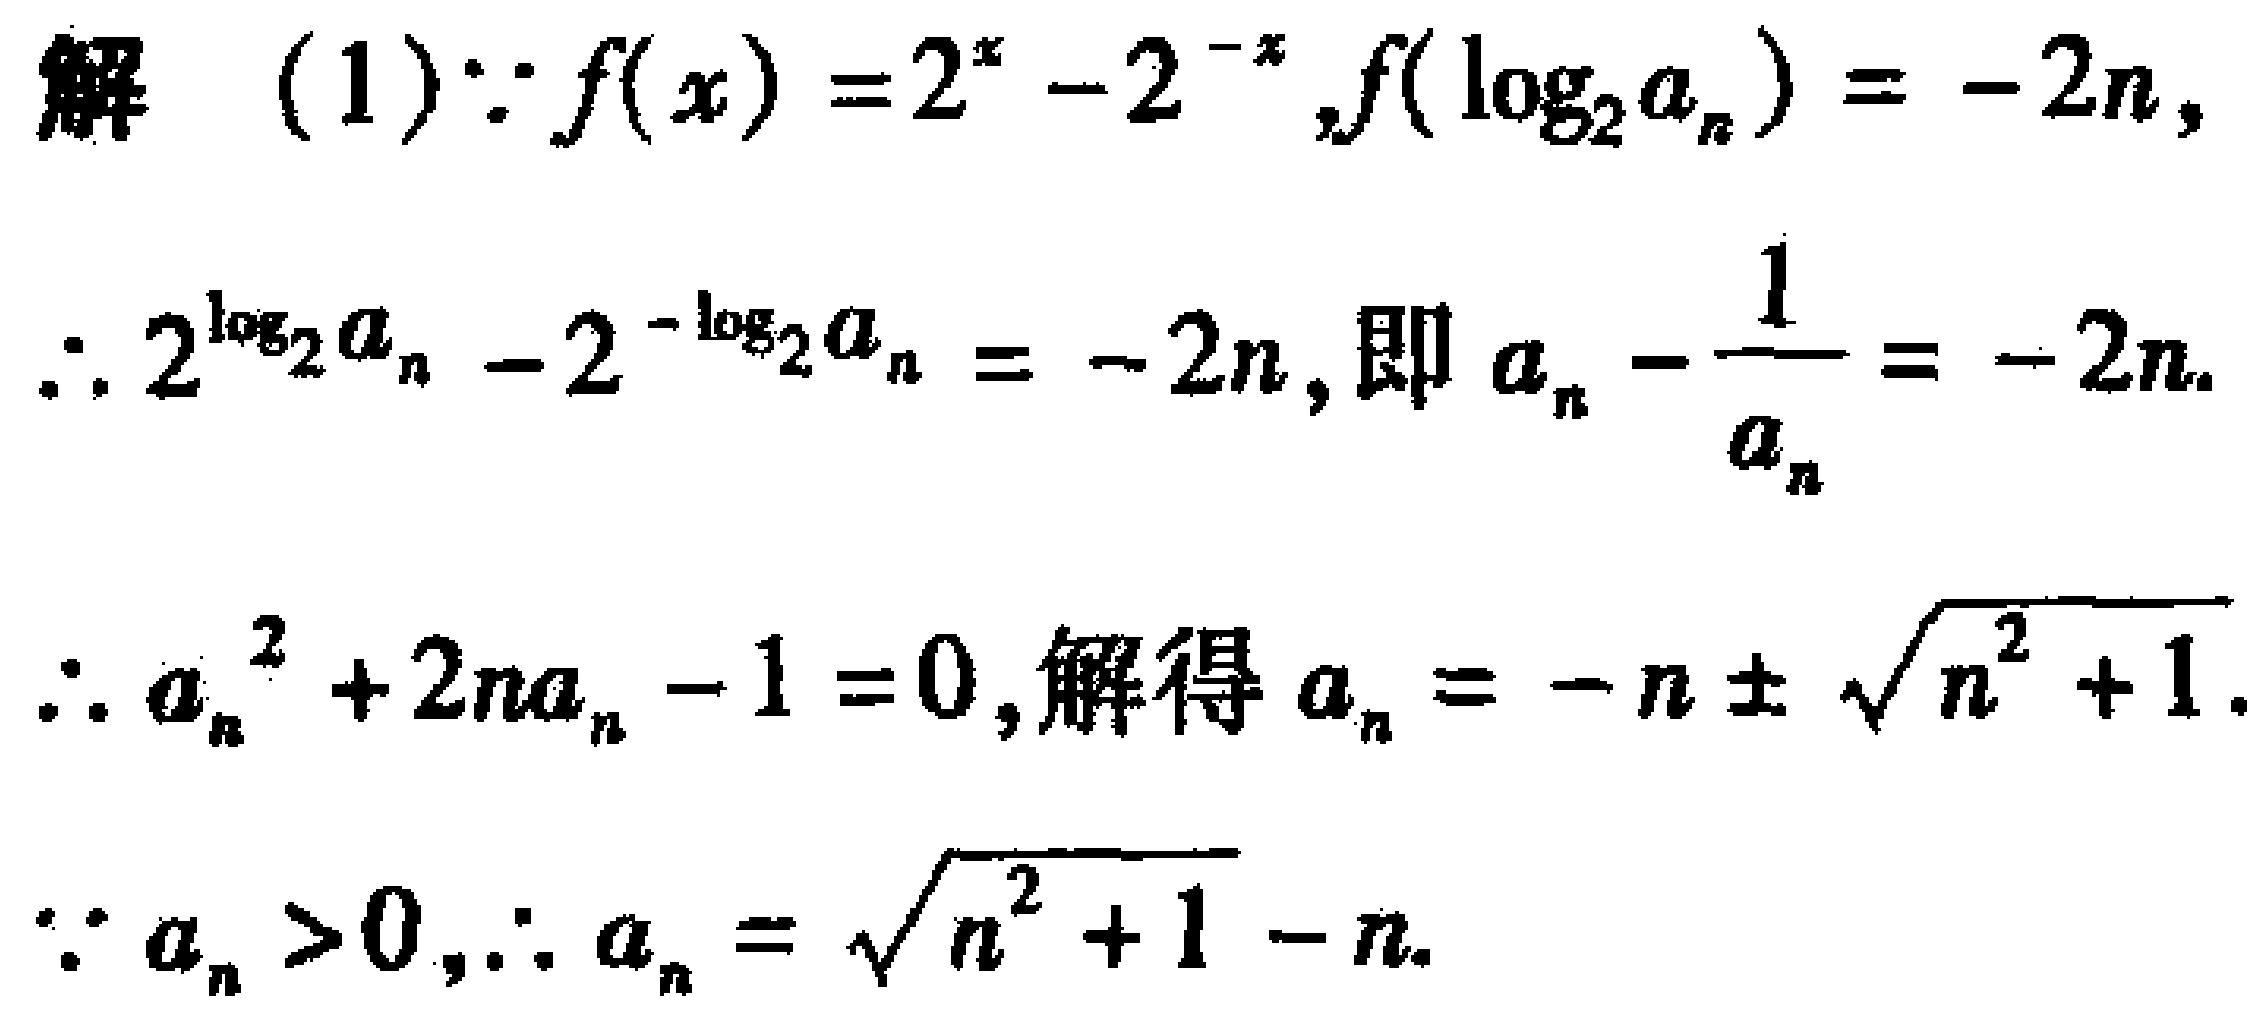
解（1）$\because f(x)=2^{x}-2^{-x},f(\log_{2}a_{n})=-2n,$
$\therefore 2^{\log_{2}a_{n}} - 2^{-\log_{2}a_{n}}=-2n$, 即$a_{n}-\frac{1}{a_{n}}=-2n.$
$\therefore a_{n}^{2}+2na_{n}-1 = 0$, 解得$a_{n}=-n\pm\sqrt{n^{2}+1}.$
$\because a_{n}>0,\therefore a_{n}=\sqrt{n^{2}+1}-n.$